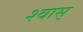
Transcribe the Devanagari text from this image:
श्वास्